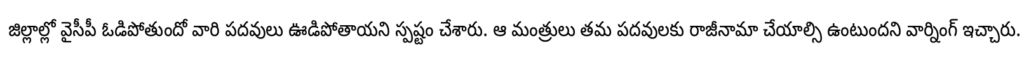
జిల్లాల్లో వైసీపీ ఓడిపోతుందో వారి పదవులు ఊడిపోతాయని స్పష్టం చేశారు. ఆ మంత్రులు తమ పదవులకు రాజీనామా చేయాల్సి ఉంటుందని వార్నింగ్ ఇచ్చారు.